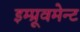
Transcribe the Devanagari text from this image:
इम्प्रूवमेन्ट